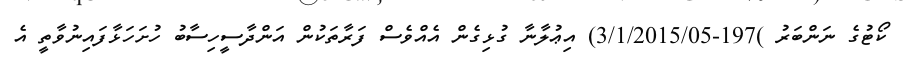
ކޯޓުގެ ނަންބަރު )197-3/1/2015/05) އިޢުލާނާ ގުޅިގެން އެއްވެސް ފަރާތަކުން އަންދާސީހިސާބު ހުށަހަޅާފައިނުވާތީ އެ